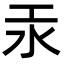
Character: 汞